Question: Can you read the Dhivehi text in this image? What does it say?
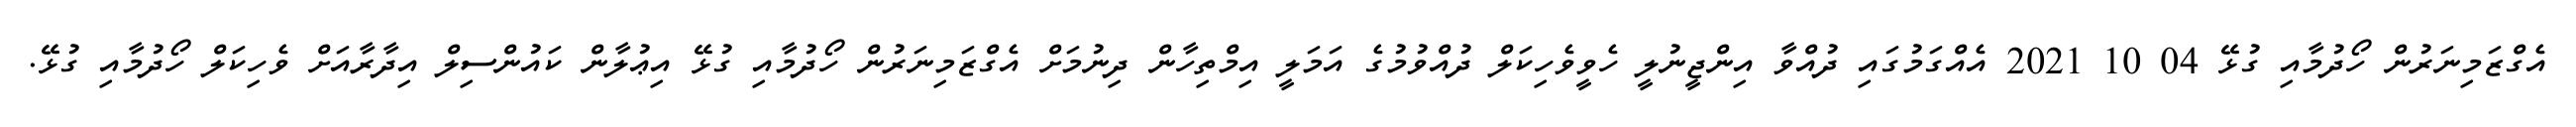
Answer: އެގްޒަމިނަރުން ހޯދުމާއި ގުޅޭ 04 10 2021 އެއްގަމުގައި ދުއްވާ އިންޖީނުލީ ހެވީވެހިކަލް ދުއްވުމުގެ އަމަލީ އިމްތިހާން ދިނުމަށް އެގްޒަމިނަރުން ހޯދުމާއި ގުޅޭ އިޢުލާން ކައުންސިލް އިދާރާއަށް ވެހިކަލް ހޯދުމާއި ގުޅޭ.